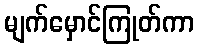
မျက်မှောင်ကြုတ်ကာ